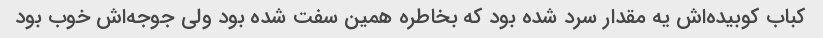
کباب کوبیده‌اش یه مقدار سرد شده بود که بخاطره همین سفت شده بود ولی جوجه‌اش خوب بود